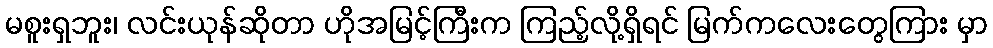
မစူးရှဘူး၊ လင်းယုန်ဆိုတာ ဟိုအမြင့်ကြီးက ကြည့်လို့ရှိရင် မြက်ကလေးတွေကြား မှာ